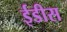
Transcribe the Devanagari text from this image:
ईडीस